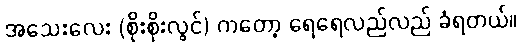
အသေးလေး (စိုးစိုးလွင်) ကတော့ ရေရေလည်လည် ခံရတယ်။